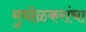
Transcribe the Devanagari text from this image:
मुधोळकरांचा